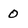
Character: 0